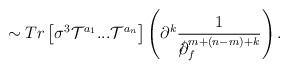
LaTeX: \begin{align*}\sim Tr\left[\sigma^3 {\cal T}^{a_1}...{\cal T}^{a_n}\right] \left(\partial^k \frac{1}{{{\partial\kern-0.15em\raise0.17ex\llap{/}\kern0.15em\relax}}_f^{m+(n-m)+k}}\right).\end{align*}